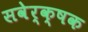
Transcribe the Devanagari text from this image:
सवेर्क्षक